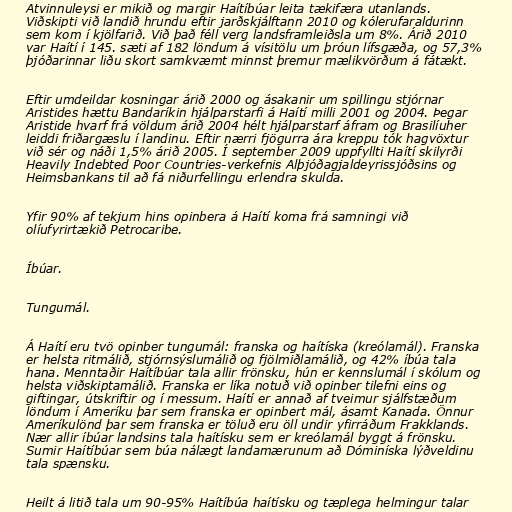
Atvinnuleysi er mikið og margir Haítíbúar leita tækifæra utanlands.
Viðskipti við landið hrundu eftir jarðskjálftann 2010 og kólerufaraldurinn
sem kom í kjölfarið. Við það féll verg landsframleiðsla um 8%. Árið 2010
var Haítí í 145. sæti af 182 löndum á vísitölu um þróun lífsgæða, og 57,3%
þjóðarinnar liðu skort samkvæmt minnst þremur mælikvörðum á fátækt.

Eftir umdeildar kosningar árið 2000 og ásakanir um spillingu stjórnar
Aristides hættu Bandaríkin hjálparstarfi á Haítí milli 2001 og 2004. Þegar
Aristide hvarf frá völdum árið 2004 hélt hjálparstarf áfram og Brasilíuher
leiddi friðargæslu í landinu. Eftir nærri fjögurra ára kreppu tók hagvöxtur
við sér og náði 1,5% árið 2005. Í september 2009 uppfyllti Haítí skilyrði
Heavily Indebted Poor Countries-verkefnis Alþjóðagjaldeyrissjóðsins og
Heimsbankans til að fá niðurfellingu erlendra skulda.

Yfir 90% af tekjum hins opinbera á Haítí koma frá samningi við
olíufyrirtækið Petrocaribe.

Íbúar.

Tungumál.

Á Haítí eru tvö opinber tungumál: franska og haítíska (kreólamál). Franska
er helsta ritmálið, stjórnsýslumálið og fjölmiðlamálið, og 42% íbúa tala
hana. Menntaðir Haítíbúar tala allir frönsku, hún er kennslumál í skólum og
helsta viðskiptamálið. Franska er líka notuð við opinber tilefni eins og
giftingar, útskriftir og í messum. Haítí er annað af tveimur sjálfstæðum
löndum í Ameríku þar sem franska er opinbert mál, ásamt Kanada. Önnur
Ameríkulönd þar sem franska er töluð eru öll undir yfirráðum Frakklands.
Nær allir íbúar landsins tala haítísku sem er kreólamál byggt á frönsku.
Sumir Haítíbúar sem búa nálægt landamærunum að Dóminíska lýðveldinu
tala spænsku.

Heilt á litið tala um 90-95% Haítíbúa haítísku og tæplega helmingur talar